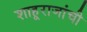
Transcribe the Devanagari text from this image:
शाहूराजांची